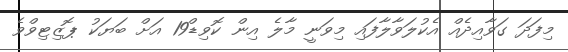
މިފަދަ ގަވާއިދެއް އެކުލަވާލާފައި މިވަނީ މާލެ އިން ކޮވިޑް19 އަށް ބަޔަކު ޕޮޒިޓިވްވެ